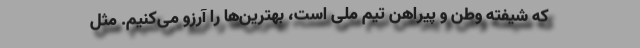
که شیفته وطن و پیراهن تیم ملی است، بهترین‌ها را آرزو می‌کنیم. مثل